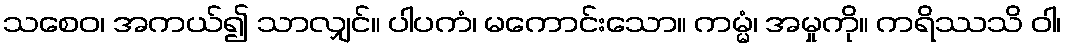
သစေဝ၊ အကယ်၍ သာလျှင်။ ပါပကံ၊ မကောင်းသော။ ကမ္မံ၊ အမှုကို။ ကရိဿသိ ဝါ၊